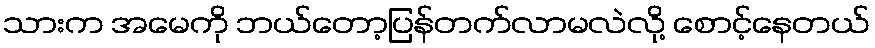
သားက အမေကို ဘယ်တော့ပြန်တက်လာမလဲလို့ စောင့်နေတယ်